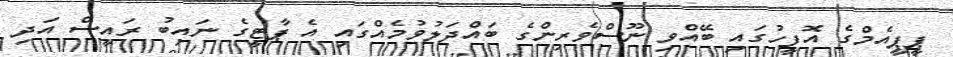
ޕީޕީއެމްގެ އޮފީހުގައި ބޭއްވި ނޫސްވެރިންގެ ބައްދަލުވުމެއްގައި އެ ޕާޓީގެ ނައިބު ރައީސް އަދި